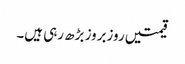
قیمتیں روزبروز بڑھ رہی ہیں۔